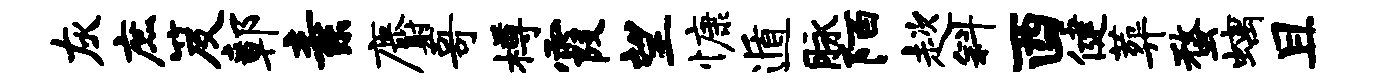
灰庶笈鄣素麝哥樽霞望慷遁脉陌趑斜酉健葬蝥螭且